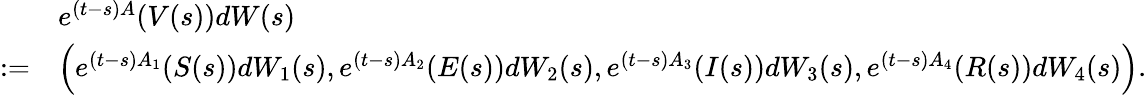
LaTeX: \begin{array}{rl}&{e^{(t-s)A}(V(s))dW(s)}\\ {:=}&{\Bigl(e^{(t-s)A_{1}}(S(s))dW_{1}(s),e^{(t-s)A_{2}}(E(s))dW_{2}(s),e^{(t-s)A_{3}}(I(s))dW_{3}(s),e^{(t-s)A_{4}}(R(s))dW_{4}(s)\Bigr).}\end{array}